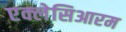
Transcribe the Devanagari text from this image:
एक्लेसिआरम